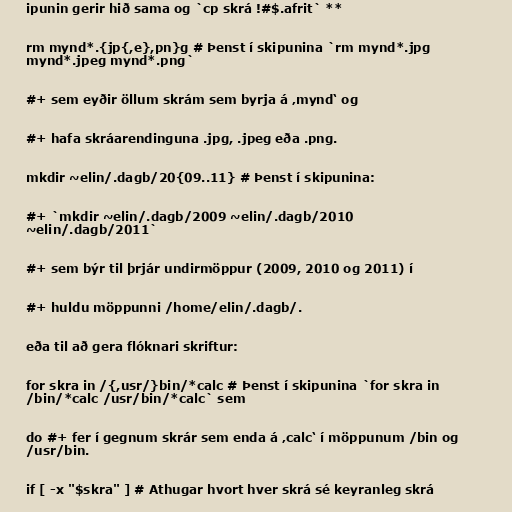
ipunin gerir hið sama og `cp skrá !#$.afrit` **

rm mynd*.{jp{,e},pn}g # Þenst í skipunina `rm mynd*.jpg
mynd*.jpeg mynd*.png`

#+ sem eyðir öllum skrám sem byrja á ‚mynd‘ og

#+ hafa skráarendinguna .jpg, .jpeg eða .png.

mkdir ~elin/.dagb/20{09..11} # Þenst í skipunina:

#+ `mkdir ~elin/.dagb/2009 ~elin/.dagb/2010
~elin/.dagb/2011`

#+ sem býr til þrjár undirmöppur (2009, 2010 og 2011) í

#+ huldu möppunni /home/elin/.dagb/.

eða til að gera flóknari skriftur:

for skra in /{,usr/}bin/*calc # Þenst í skipunina `for skra in
/bin/*calc /usr/bin/*calc` sem

do #+ fer í gegnum skrár sem enda á ‚calc‘ í möppunum /bin og
/usr/bin.

if [ -x "$skra" ] # Athugar hvort hver skrá sé keyranleg skrá